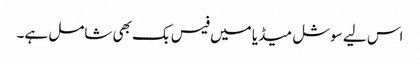
اس لیے سوشل میڈیا میں فیس بک بھی شامل ہے۔